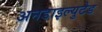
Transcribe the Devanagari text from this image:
अनडाइल्युटेड